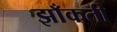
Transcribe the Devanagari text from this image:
झाँकती